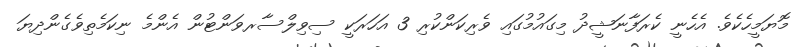
މޮޔަމީހެކެވެ. އެހެނީ ކެރަފާނަޝީދު މިގައުމުގައި ވެރިކަންކުރި 3 އަހަރަކީ ސިވިލްސާރވަންޓުން އެންމެ ނިކަމެތިވެގެންދިޔަ